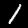
Label: 1